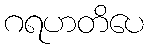
ဂရဟတိပေ